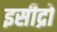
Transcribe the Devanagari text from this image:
इसीद्रो